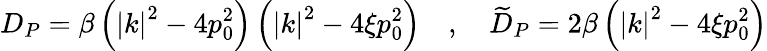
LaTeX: D_{P}=\beta\left(\left|k\right|^{2}-4p_{0}^{2}\right)\left(\left|k\right|^{2}-4\xi p_{0}^{2}\right)\quad,\quad\widetilde{D}_{P}=2\beta\left(\left|k\right|^{2}-4\xi p_{0}^{2}\right)